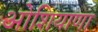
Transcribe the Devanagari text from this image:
ओशियाणा